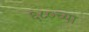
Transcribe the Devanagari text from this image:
६८०च्या